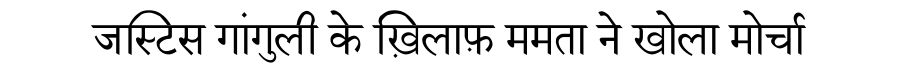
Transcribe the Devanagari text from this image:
जस्टिस गांगुली के ख़िलाफ़ ममता ने खोला मोर्चा